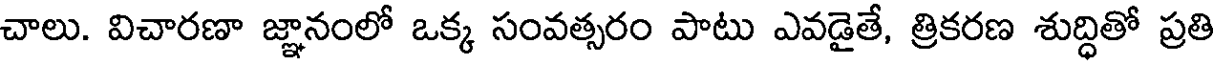
చాలు. విచారణా జ్ఞానంలో ఒక్క సంవత్సరం పాటు ఎవడైతే, త్రికరణ శుద్ధితో ప్రతి